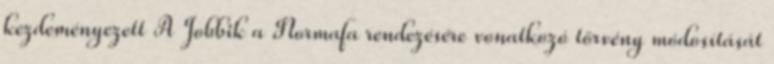
kezdeményezett A Jobbik a Normafa rendezésére vonatkozó törvény módosítását